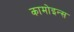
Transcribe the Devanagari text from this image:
कामोइन्स